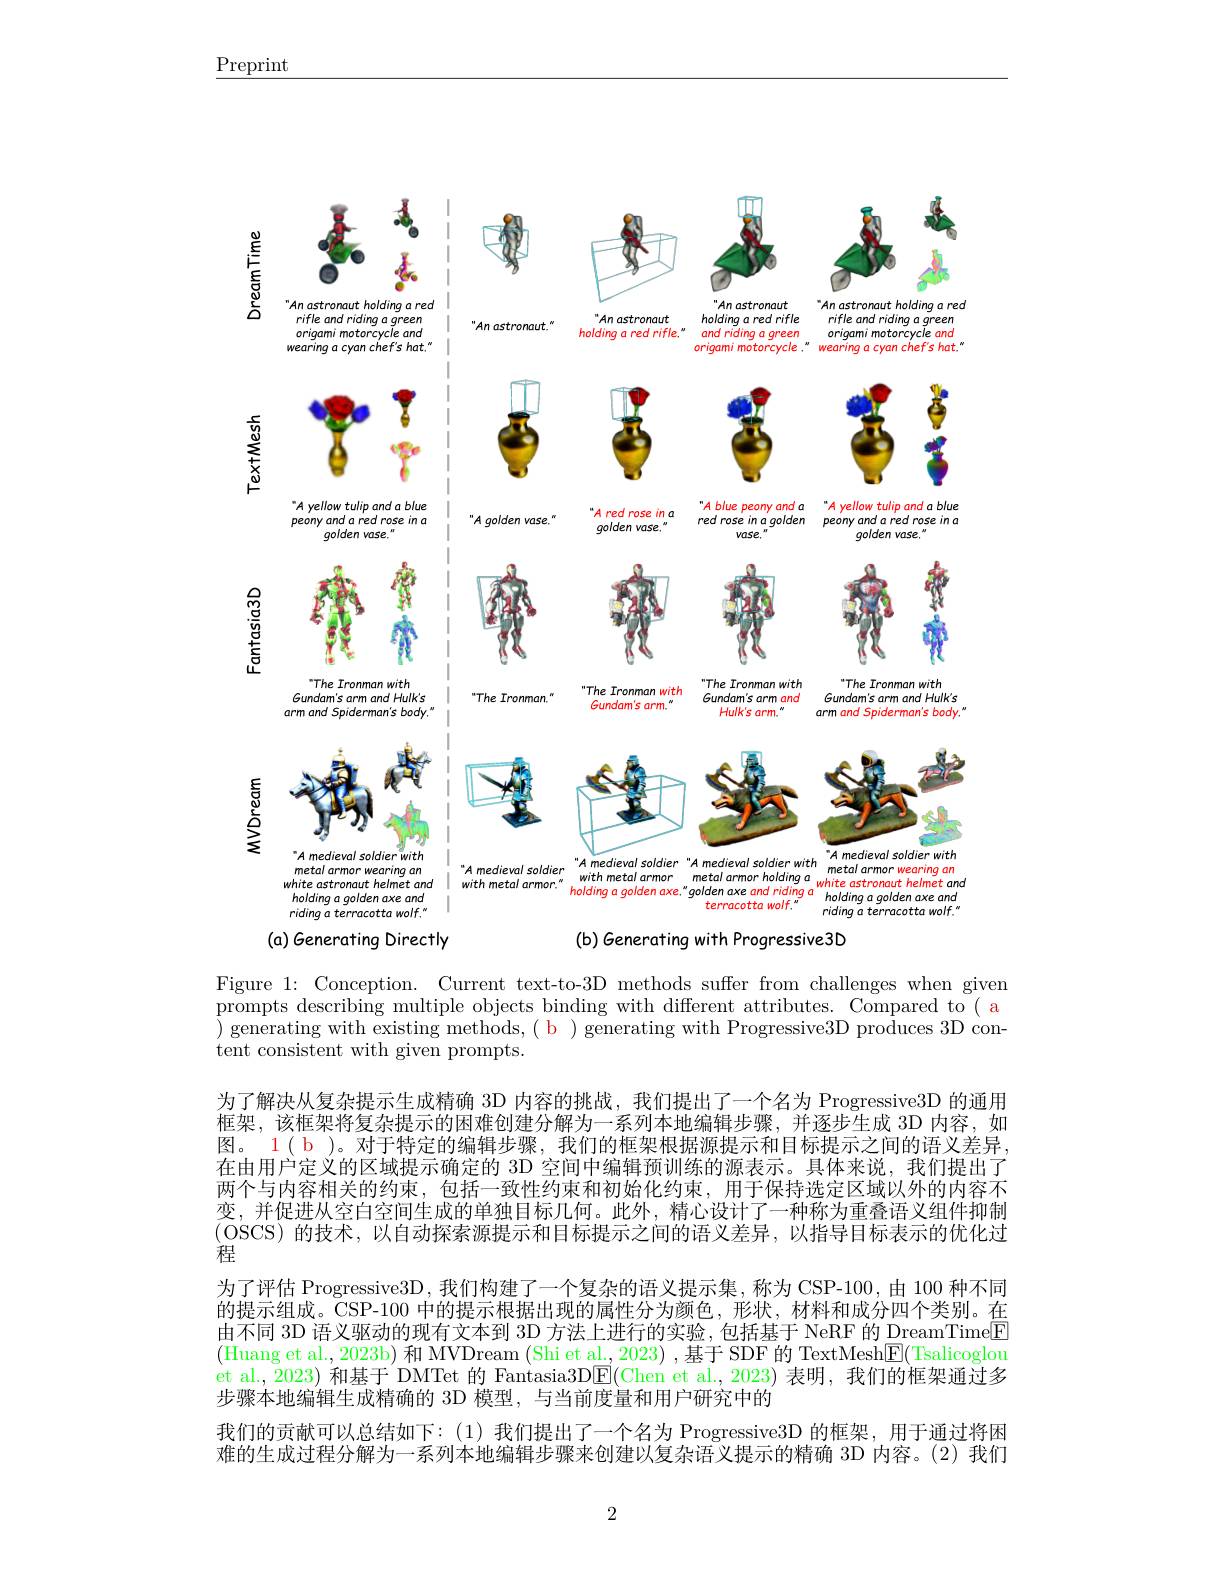
$\underline{\mathrm{Preprint}}$

<FigureHere>

(a) Generating Directly
(b) Generating with Progressive3D

Figure 1: Conception. Current text-to-3D methods suffer from challenges when given prompts describing multiple objects binding with different attributes. Compared to( a $\bar{\text{ ) generating with existing methods,( b ) generating with Progressive3D produces 3D con-}}$ tent consistent with given prompts.
为了解决从复杂提示生成精确 3D 内容的挑战，我们提出了一个名为 Progressive3D 的通用框架，该框架将复杂提示的困难创建分解为一系列本地编辑步骤，并逐步生成 3D 内容，如图。1( b )。对于特定的编辑步骤，我们的框架根据源提示和目标提示之间的语义差异在由用户定义的区域提示确定的 3D 空间中编辑预训练的源表示。具体来说，我们提出了两个与内容相关的约束，包括一致性约束和初始化约束，用于保持选定区域以外的内容不变，并促进从空白空间生成的单独目标几何。此外，精心设计了一种称为重叠语义组件抑制(OSCS)的技术，以自动探索源提示和目标提示之间的语义差异，以指导目标表示的优化过程
为了评估 Progressive3D , 我们构建了一个复杂的语义提示集，称为 CSP-100,由 100 种不同的提示组成。CSP-100 中的提示根据出现的属性分为颜色，形状，材料和成分四个类别。在由不同 3D 语义驱动的现有文本到 3D 方法上进行的实验，包括基于 NeRF 的 DreamTime$\boxed{\mathrm{E}}$ (Huang et al., 2023b) 和 MVDream (Shi et al., 2023) , 基于 SDF 的 TextMesh$\boxed{\mathrm{E}}($Tsalicoglou et al., 2023) 和基于 DMTet 的 Fantasia3D$\boxed{\mathrm{E}}($Chen et al., 2023) 表明，我们的框架通过多步骤本地编辑生成精确的 3D 模型，与当前度量和用户研究中的
我们的贡献可以总结如下：(1)我们提出了一个名为 Progressive3D 的框架，用于通过将困难的生成过程分解为一系列本地编辑步骤来创建以复杂语义提示的精确 3D 内容。(2) 我们

2